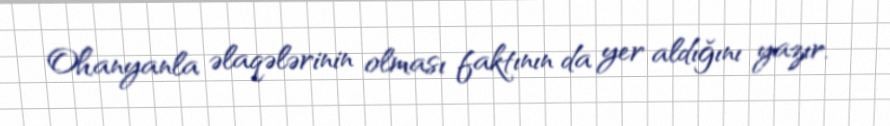
Ohanyanla əlaqələrinin olması faktının da yer aldığını yazır.